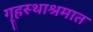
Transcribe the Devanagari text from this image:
गॄहस्थाश्रमात